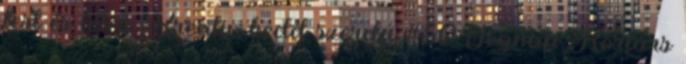
test és lélek Kreatív kedd szerda #50 Tegnap Kortárs